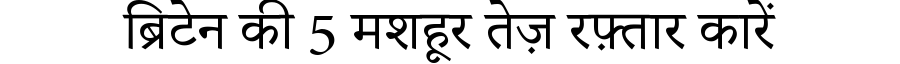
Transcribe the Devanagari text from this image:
ब्रिटेन की 5 मशहूर तेज़ रफ़्तार कारें